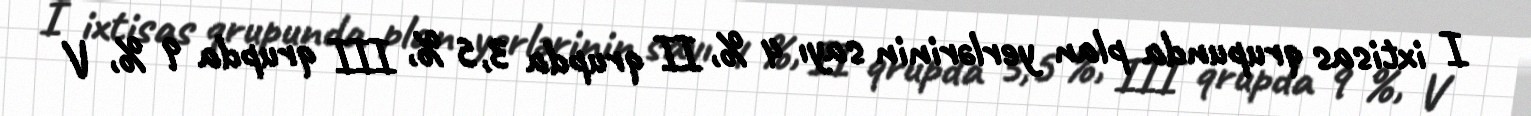
I ixtisas qrupunda plan yerlərinin sayı 4 %, II qrupda 3,5 %, III qrupda 9 %, V